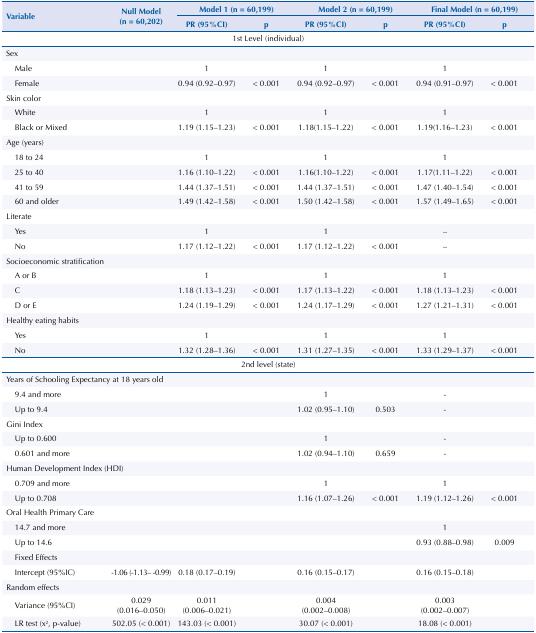
<table><thead><tr><td rowspan="3"><b>Variable</b></td><td rowspan="3"><b>Null Model (n = 60,202)</b></td><td colspan="2"><b>Model 1 (n = 60,199)</b></td><td colspan="2"><b>Model 2 (n = 60,199)</b></td><td colspan="2"><b>Final Model (n = 60,199)</b></td></tr><tr><td><b>PR (95%CI)</b></td><td><b>p</b></td><td><b>PR (95%CI)</b></td><td><b>p</b></td><td><b>PR (95%CI)</b></td><td><b>p</b></td></tr></thead><tbody><tr><td colspan="8">1st Level (individual)</td></tr><tr><td>Sex</td><td> </td><td> </td><td> </td><td> </td><td> </td><td> </td><td> </td></tr><tr><td>Male</td><td> </td><td>1</td><td> </td><td>1</td><td> </td><td>1</td><td> </td></tr><tr><td>Female</td><td> </td><td>0.94 (0.92–0.97)</td><td>&lt; 0.001</td><td>0.94 (0.92–0.97)</td><td>&lt; 0.001</td><td>0.94 (0.91–0.97)</td><td>&lt; 0.001</td></tr><tr><td>Skin color</td><td> </td><td> </td><td> </td><td> </td><td> </td><td> </td><td> </td></tr><tr><td>White</td><td> </td><td>1</td><td> </td><td>1</td><td> </td><td>1</td><td> </td></tr><tr><td>Black or Mixed</td><td> </td><td>1.19 (1.15–1.23)</td><td>&lt; 0.001</td><td>1.18(1.15–1.22)</td><td>&lt; 0.001</td><td>1.19(1.16–1.23)</td><td>&lt; 0.001</td></tr><tr><td>Age (years)</td><td> </td><td> </td><td> </td><td> </td><td> </td><td> </td><td> </td></tr><tr><td>18 to 24</td><td> </td><td>1</td><td> </td><td>1</td><td> </td><td>1</td><td> </td></tr><tr><td>25 to 40</td><td> </td><td>1.16 (1.10–1.22)</td><td>&lt; 0.001</td><td>1.16(1.10–1.22)</td><td>&lt; 0.001</td><td>1.17(1.11–1.22)</td><td>&lt; 0.001</td></tr><tr><td>41 to 59</td><td> </td><td>1.44 (1.37–1.51)</td><td>&lt; 0.001</td><td>1.44 (1.37–1.51)</td><td>&lt; 0.001</td><td>1.47 (1.40–1.54)</td><td>&lt; 0.001</td></tr><tr><td>60 and older</td><td> </td><td>1.49 (1.42–1.58)</td><td>&lt; 0.001</td><td>1.50 (1.42–1.58)</td><td>&lt; 0.001</td><td>1.57 (1.49–1.65)</td><td>&lt; 0.001</td></tr><tr><td>Literate</td><td> </td><td> </td><td> </td><td> </td><td> </td><td> </td><td> </td></tr><tr><td>Yes</td><td> </td><td>1</td><td> </td><td>1</td><td> </td><td>–</td><td> </td></tr><tr><td>No</td><td> </td><td>1.17 (1.12–1.22)</td><td>&lt; 0.001</td><td>1.17 (1.12–1.22)</td><td>&lt; 0.001</td><td>–</td><td> </td></tr><tr><td colspan="2">Socioeconomic stratification</td><td> </td><td> </td><td> </td><td> </td><td> </td><td> </td></tr><tr><td>A or B</td><td> </td><td>1</td><td> </td><td>1</td><td> </td><td>1</td><td> </td></tr><tr><td>C</td><td> </td><td>1.18 (1.13–1.23)</td><td>&lt; 0.001</td><td>1.17 (1.13–1.22)</td><td>&lt; 0.001</td><td>1.18 (1.13–1.23)</td><td>&lt; 0.001</td></tr><tr><td>D or E</td><td> </td><td>1.24 (1.19–1.29)</td><td>&lt; 0.001</td><td>1.24 (1.17–1.29)</td><td>&lt; 0.001</td><td>1.27 (1.21–1.31)</td><td>&lt; 0.001</td></tr><tr><td>Healthy eating habits</td><td> </td><td> </td><td> </td><td> </td><td> </td><td> </td><td> </td></tr><tr><td>Yes</td><td> </td><td>1</td><td> </td><td>1</td><td> </td><td>1</td><td> </td></tr><tr><td>No</td><td> </td><td>1.32 (1.28–1.36)</td><td>&lt; 0.001</td><td>1.31 (1.27–1.35)</td><td>&lt; 0.001</td><td>1.33 (1.29–1.37)</td><td>&lt; 0.001</td></tr><tr><td colspan="8">2nd level (state)</td></tr><tr><td colspan="3">Years of Schooling Expectancy at 18 years old</td><td> </td><td> </td><td> </td><td> </td><td> </td></tr><tr><td>9.4 and more</td><td> </td><td> </td><td> </td><td>1</td><td> </td><td>-</td><td> </td></tr><tr><td>Up to 9.4</td><td> </td><td> </td><td> </td><td>1.02 (0.95–1.10)</td><td>0.503</td><td>-</td><td> </td></tr><tr><td>Gini Index</td><td> </td><td> </td><td> </td><td> </td><td> </td><td> </td><td> </td></tr><tr><td>Up to 0.600</td><td> </td><td> </td><td> </td><td>1</td><td> </td><td>-</td><td> </td></tr><tr><td>0.601 and more</td><td> </td><td> </td><td> </td><td>1.02 (0.94–1.10)</td><td>0.659</td><td>-</td><td> </td></tr><tr><td colspan="3">Human Development Index (HDI)</td><td> </td><td> </td><td> </td><td> </td><td> </td></tr><tr><td>0.709 and more</td><td> </td><td> </td><td> </td><td>1</td><td> </td><td>1</td><td> </td></tr><tr><td>Up to 0.708</td><td> </td><td> </td><td> </td><td>1.16 (1.07–1.26)</td><td>&lt; 0.001</td><td>1.19 (1.12–1.26)</td><td>&lt; 0.001</td></tr><tr><td colspan="4">Oral Health Primary Care</td><td> </td><td> </td><td> </td><td> </td></tr><tr><td>14.7 and more</td><td> </td><td> </td><td> </td><td> </td><td> </td><td>1</td><td> </td></tr><tr><td>Up to 14.6</td><td> </td><td> </td><td> </td><td> </td><td> </td><td>0.93 (0.88–0.98)</td><td>0.009</td></tr><tr><td>Fixed Effects</td><td> </td><td> </td><td> </td><td> </td><td> </td><td> </td><td> </td></tr><tr><td>Intercept (95%IC)</td><td>-1.06 (-1.13– -0.99)</td><td>0.18 (0.17–0.19)</td><td> </td><td>0.16 (0.15–0.17)</td><td> </td><td>0.16 (0.15–0.18)</td><td> </td></tr><tr><td>Random effects</td><td> </td><td> </td><td> </td><td> </td><td> </td><td> </td><td> </td></tr><tr><td>Variance (95%CI)</td><td>0.029 (0.016–0.050)</td><td>0.011 (0.006–0.021)</td><td> </td><td>0.004 (0.002–0.008)</td><td> </td><td>0.003 (0.002–0.007)</td><td> </td></tr><tr><td>LR test (x<sup>2</sup>, p-value)</td><td>502.05 (&lt; 0.001)</td><td>143.03 (&lt; 0.001)</td><td> </td><td>30.07 (&lt; 0.001)</td><td> </td><td>18.08 (&lt; 0.001)</td><td> </td></tr></tbody></table>